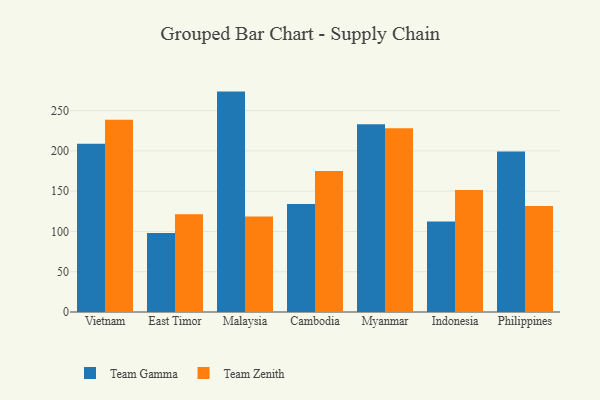
{"axis": {"x": "Country", "y": "Population (Million)"}, "legend": ["Team Gamma", "Team Zenith"], "data": [{"x": "Vietnam", "y": 208.8, "type": "Team Gamma"}, {"x": "Vietnam", "y": 238.6, "type": "Team Zenith"}, {"x": "East Timor", "y": 98.0, "type": "Team Gamma"}, {"x": "East Timor", "y": 121.3, "type": "Team Zenith"}, {"x": "Malaysia", "y": 273.6, "type": "Team Gamma"}, {"x": "Malaysia", "y": 118.4, "type": "Team Zenith"}, {"x": "Cambodia", "y": 134.0, "type": "Team Gamma"}, {"x": "Cambodia", "y": 175.1, "type": "Team Zenith"}, {"x": "Myanmar", "y": 233.1, "type": "Team Gamma"}, {"x": "Myanmar", "y": 228.1, "type": "Team Zenith"}, {"x": "Indonesia", "y": 112.2, "type": "Team Gamma"}, {"x": "Indonesia", "y": 151.5, "type": "Team Zenith"}, {"x": "Philippines", "y": 199.1, "type": "Team Gamma"}, {"x": "Philippines", "y": 131.5, "type": "Team Zenith"}]}